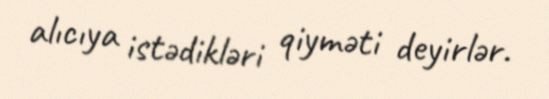
alıcıya istədikləri qiyməti deyirlər.